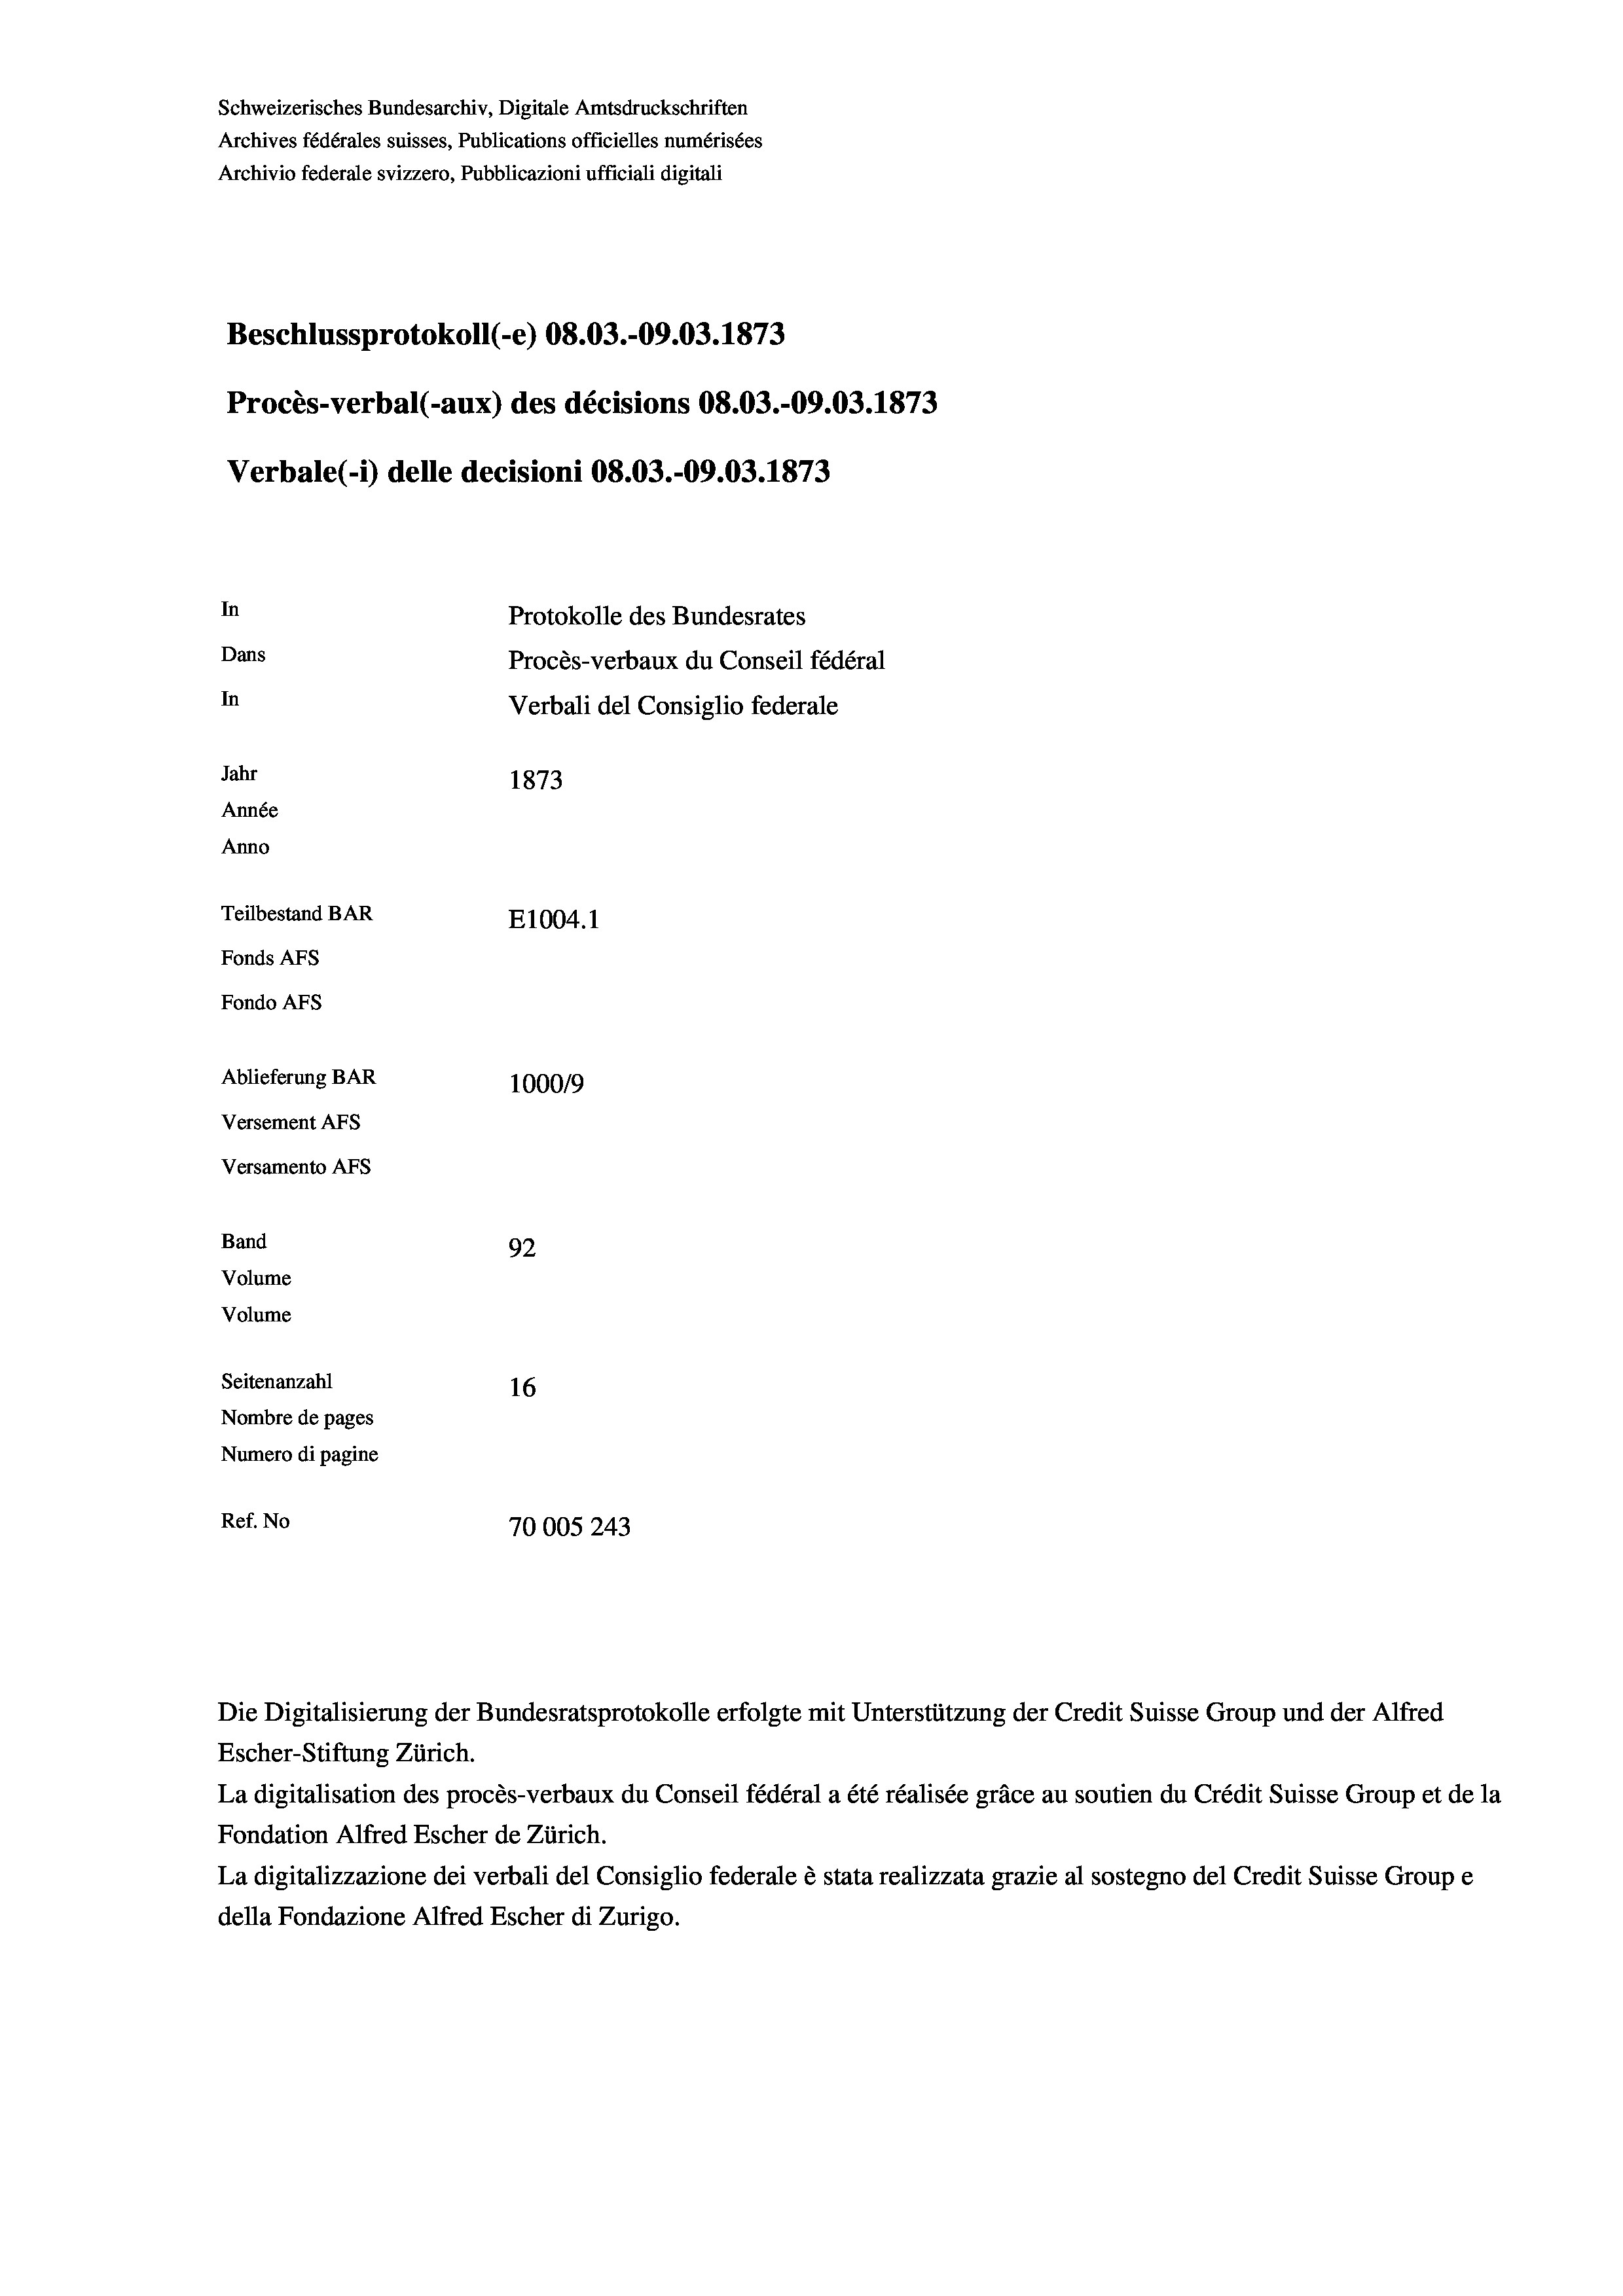
Schweizerisches Bundesarchiv, Digitale Amtsdruckschriften
Archives fédérales suisses, Publications officielles numérisées
Archivio federale svizzero, Pubblicazioni ufficiali digitali
Beschlussprotokoll (-e) 08.03.-09.03. 1873
Procès-verbal (-aux) des décisions 08.03.-09.03. 1873
Verbale(-*) delle decisioni 08.03.-09.03. 1873
In
Protokolle des Bundesrates
Dans
Procès-verbaux du Conseil fédéral
In
Verbali del Consiglio federale
Jahr
1873
Année
Anno
Teilbestand BAR
E1004. 1
Fonds AFs
Fondo AFs
Ablieferung BAR
100019
Versement AFs
Versamento Afs
Band
92
Volume
Volume
Seitenanzahl
16
Nombre de pages
Numero di pagine
Ref. No
70005 243

Escher-Stiftung Zürich.
La digitalisation des procès-verbaux du Conseil fédéral a été réalisée gräce au soutien du Crédit Suisse Group et de la
Fondation Alfred Escher de Zürich.
La digitalizzazione dei verbali del Consiglio federale è stata realizzata grazie al sostegno del Credit Suisse Groupe
della Fondazione Alfred Escher di Zurigo.

Die Digitalisierung der Bundesratsprotokolle erfolgte mit Unterstützung der Credit Suisse Group und der Alfred